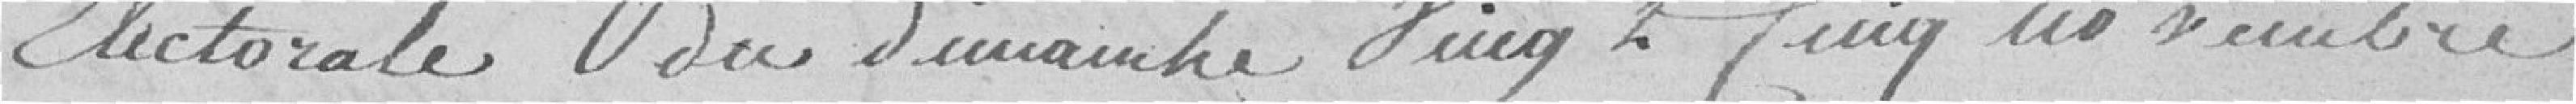
électorale du dimanche vingt cinq novembre